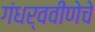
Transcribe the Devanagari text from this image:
गंधर्ववीणेचे